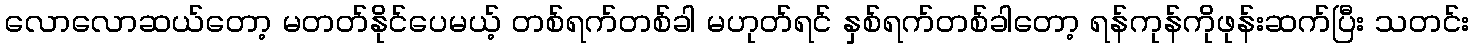
လောလောဆယ်တော့ မတတ်နိုင်ပေမယ့် တစ်ရက်တစ်ခါ မဟုတ်ရင် နှစ်ရက်တစ်ခါတော့ ရန်ကုန်ကိုဖုန်းဆက်ပြီး သတင်း